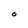
Character: O